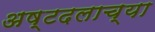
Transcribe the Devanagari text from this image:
अष्टदलाच्या